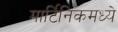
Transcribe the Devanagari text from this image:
मार्टिनिकमध्ये